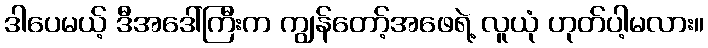
ဒါပေမယ့် ဒီအဒေါ်ကြီးက ကျွန်တော့်အဖေရဲ့ လူယုံ ဟုတ်ပါ့မလား။